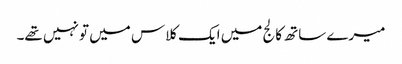
میرے ساتھ کالج میں ایک کلاس میں تو نہیں تھے۔